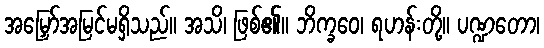
အမြှော်အမြင်မရှိသည်။ အသိ၊ ဖြစ်၏။ ဘိက္ခဝေ၊ ရဟန်းတို့။ ပဏ္ဍတော၊